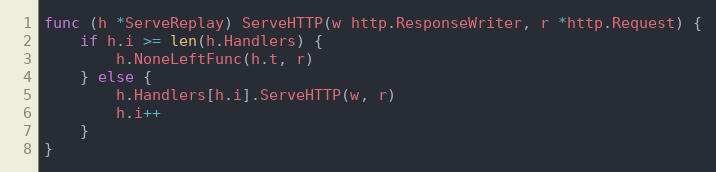
Language: Go
func (h *ServeReplay) ServeHTTP(w http.ResponseWriter, r *http.Request) {
	if h.i >= len(h.Handlers) {
		h.NoneLeftFunc(h.t, r)
	} else {
		h.Handlers[h.i].ServeHTTP(w, r)
		h.i++
	}
}